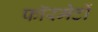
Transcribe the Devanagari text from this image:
फॉरमेटों